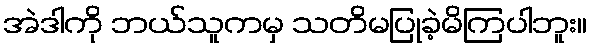
အဲဒါကို ဘယ်သူကမှ သတိမပြုခဲ့မိကြပါဘူး။